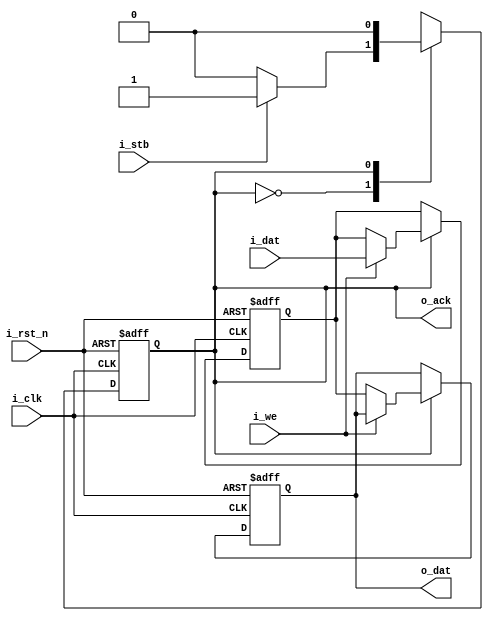
module wb2byteout #(
  parameter DSIZE = 8
)(
  input                i_clk  ,
  input                i_rst_n,
  // wishbone interface
  input                i_stb  ,
  input                i_we   ,
  input  [DSIZE-1:0]   i_dat  ,
  output               o_ack  ,
  output [DSIZE-1:0]   o_dat
);
  // * -----------------
  // * state encode
  // * -----------------
  localparam WB_IDLE = 1'b0,
             WB_ACK  = 1'b1;

  // * -----------------
  // * wishbone FSM
  // * -----------------
  reg wb_state, wb_state_next;

  // state update
  always @ (posedge i_clk or negedge i_rst_n) begin
    if (!i_rst_n) wb_state <= WB_IDLE;
    else          wb_state <= wb_state_next;
  end

  // next state logic
  always @ (wb_state or i_stb) begin
    case (wb_state)
      WB_IDLE:
        if (i_stb) wb_state_next = WB_ACK;
        else       wb_state_next = WB_IDLE;
      WB_ACK:      wb_state_next = WB_IDLE;
      default:     wb_state_next = WB_IDLE;
    endcase
  end

  // FSM output
  assign o_ack = wb_state;

  // write/read
  reg [DSIZE-1:0] S, o_dat;
  always @ (posedge i_clk or negedge i_rst_n) begin
    if (!i_rst_n) begin
      o_dat <= 0;
      S     <= 0;
    end else begin
      S     <= S;
      o_dat <= o_dat;
      case (wb_state)
        WB_IDLE: ;
        WB_ACK: begin
          if (i_we) S     <= i_dat; // write          
          else      o_dat <= S;     // read
        end
        default: ;
      endcase
    end 
  end

endmodule